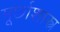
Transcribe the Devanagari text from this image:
मूर्छाशास्त्र